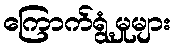
ကြောက်ရွံ့မှုများ